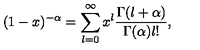
( 1 - x ) ^ { - \alpha } = \sum _ { l = 0 } ^ { \infty } x ^ { l } \frac { \Gamma ( l + \alpha ) } { \Gamma ( \alpha ) l ! } ,